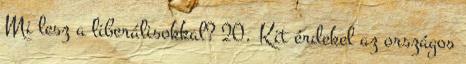
Mi lesz a liberálisokkal? 20. Kit érdekel az országos